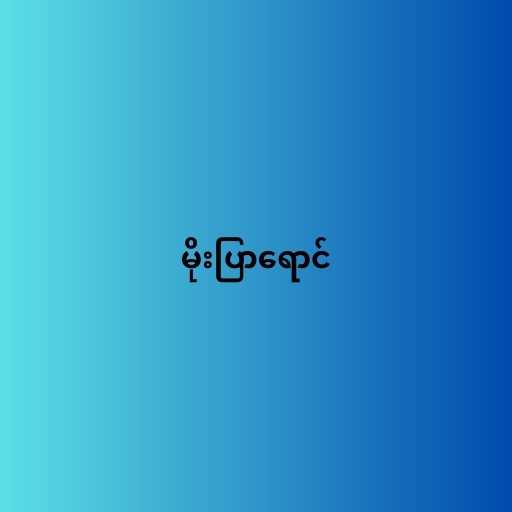
မိုးပြာရောင်